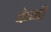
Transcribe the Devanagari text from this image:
केर्नी